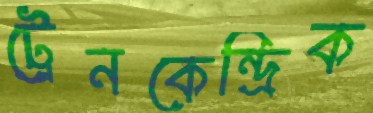
ট্রেনকেন্দ্রিক